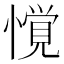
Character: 𱟌